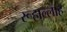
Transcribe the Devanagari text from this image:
रूहाल्लाह